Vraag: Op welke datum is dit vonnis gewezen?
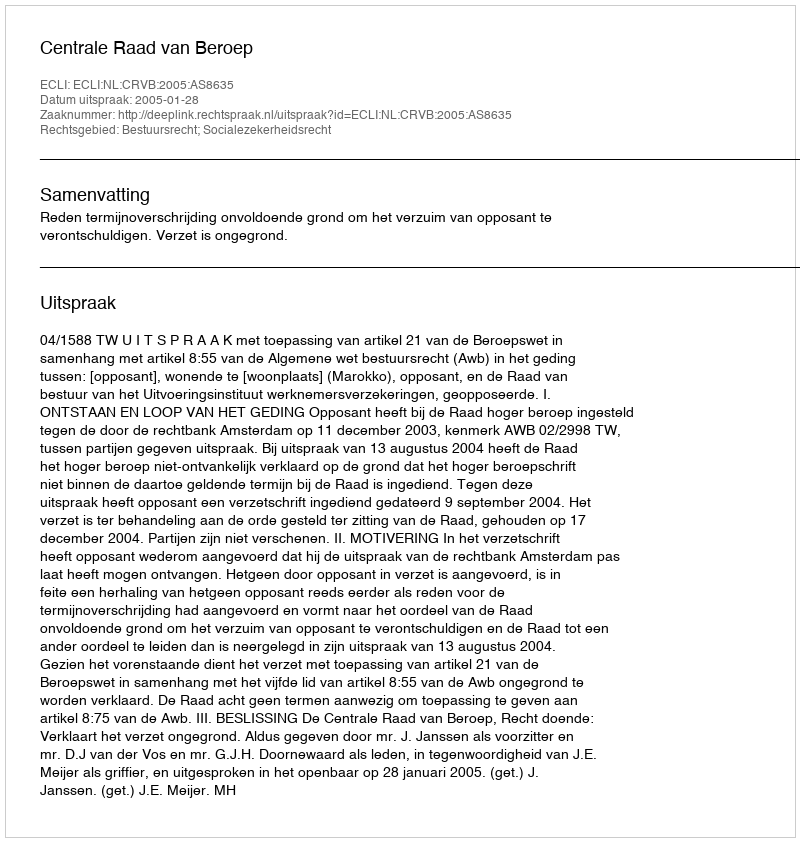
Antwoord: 2005-01-28